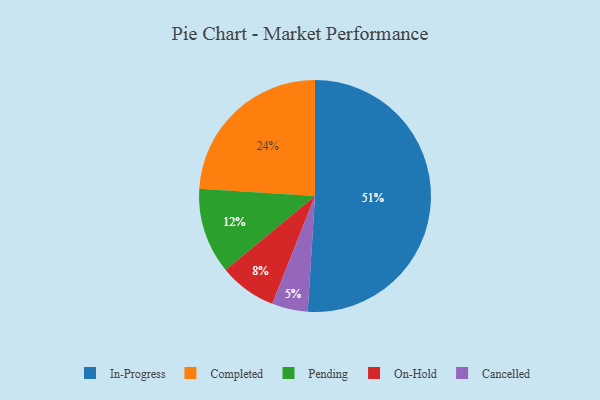
{"axis": {"x": "Category", "y": "Percentage"}, "legend": ["Cancelled", "Completed", "In-Progress", "On-Hold", "Pending"], "data": [{"x": "On-Hold", "y": 8, "type": "On-Hold"}, {"x": "Completed", "y": 24, "type": "Completed"}, {"x": "Pending", "y": 12, "type": "Pending"}, {"x": "Cancelled", "y": 5, "type": "Cancelled"}, {"x": "In-Progress", "y": 51, "type": "In-Progress"}]}